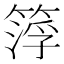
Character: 𥰛